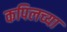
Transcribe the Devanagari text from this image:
कपिलच्या